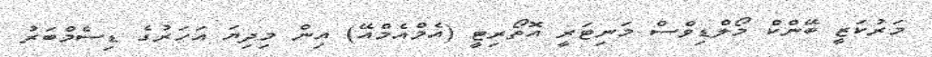
މަރުކަޒީ ބޭންކް މޯލްޑިވްސް މަނިޓަރީ އޮތޯރިޓީ (އެމްއެމްއޭ) އިން މިދިޔަ އަހަރުގެ ޑިސެމްބަރު